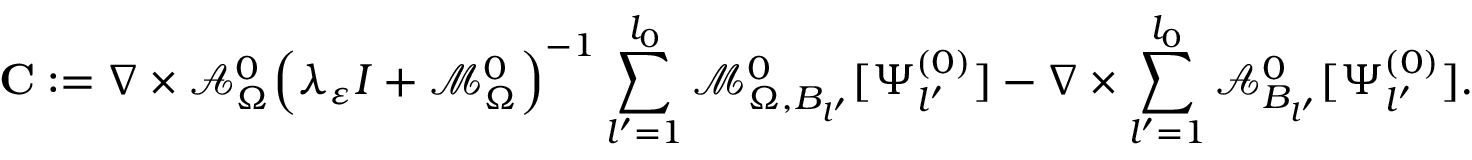
\mathbf { C } : = \nabla \times \mathcal { A } _ { \Omega } ^ { 0 } \Big ( \lambda _ { \varepsilon } I + \mathcal { M } _ { \Omega } ^ { 0 } \Big ) ^ { - 1 } \sum _ { l ^ { \prime } = 1 } ^ { l _ { 0 } } \mathcal { M } _ { \Omega , B _ { l ^ { \prime } } } ^ { 0 } [ \Psi _ { l ^ { \prime } } ^ { ( 0 ) } ] - \nabla \times \sum _ { l ^ { \prime } = 1 } ^ { l _ { 0 } } \mathcal { A } _ { B _ { l ^ { \prime } } } ^ { 0 } [ \Psi _ { l ^ { \prime } } ^ { ( 0 ) } ] .